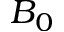
B _ { 0 }